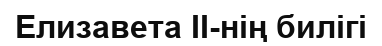
Елизавета II-нің билігі